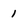
Character: 1